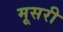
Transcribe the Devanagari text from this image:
मूसरी